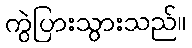
ကွဲပြားသွားသည်။